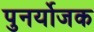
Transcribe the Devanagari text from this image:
पुनर्योजक